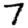
Digit: 7